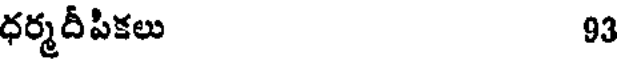
ధర్మదీపికలు 93